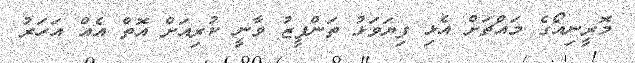
މޮރީނިއޯގެ މައްޗަށް އެޅި ފިޔަވަޅު ތަންފީޒު ވާނީ ކުރިއަށް އޮތް އެއް އަހަރު